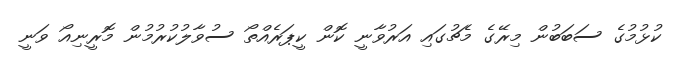
ކުޅުމުގެ ސަބަބުން މިރޭގެ މެޗުގައި އަރުވާނީ ކޮން ކީޕަރެއްތޯ ސުވާލުކުރުމުން މޮރީނިއޯ ވަނީ